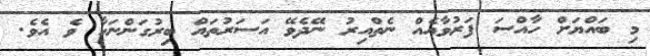
މި ބައްޔަށް ހާއްސަ ފަރުވާއެއް ނެތްއިރު ނޭދެވޭ އަސަރުތައް ބިރުގަންނަހާ ވެ އެވެ.